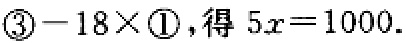
\(\textcircled{3} - 18\times\textcircled{1}\)，得 \(5x = 1000\).